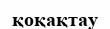
қоқақтау